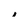
Character: i